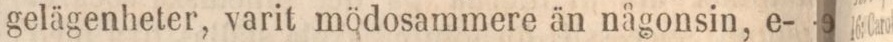
gelägenheter, varit mödosammere än någonsin, e-